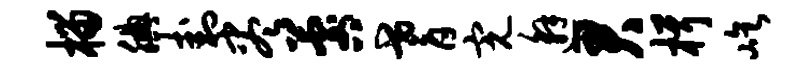
榴腆卦尽晷耆完邂君楫屹